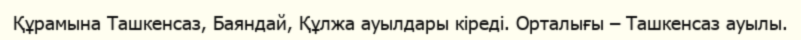
Құрамына Ташкенсаз, Баяндай, Құлжа ауылдары кіреді. Орталығы – Ташкенсаз ауылы.